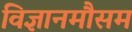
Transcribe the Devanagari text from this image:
विज्ञानमौसम